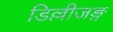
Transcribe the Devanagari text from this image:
डिल्लीजङ्ग